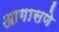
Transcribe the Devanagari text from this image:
आगासणे